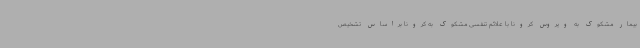
بیمار مشکوک به ویروس کرونا با علائم تنفسی مشکوک به کرونا براساس تشخیص